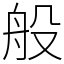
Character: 般